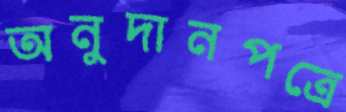
অনুদানপত্রে